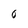
Character: 0